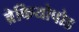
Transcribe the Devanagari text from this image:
ब्रेकियोपोड